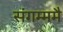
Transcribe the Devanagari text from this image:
संगम्ममै